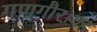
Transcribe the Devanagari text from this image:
गणगौर।यह